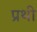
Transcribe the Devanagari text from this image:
प्रथी